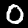
Digit: 0